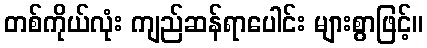
တစ်ကိုယ်လုံး ကျည်ဆန်ရာပေါင်း များစွာဖြင့်။